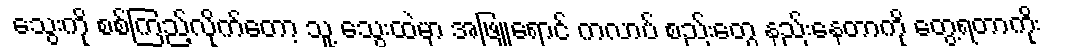
သွေးကို စစ်ကြည့်လိုက်တော့ သူ့ သွေးထဲမှာ အဖြူရောင် ကလာပ် စည်းတွေ နည်းနေတာကို တွေ့ရတာကိုး